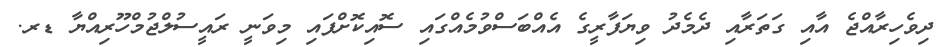
ދިވެހިރާއްޖެ އާއި ގަތަރާއި ދެމެދު ވިޔަފާރީގެ އެއްބަސްވުމެއްގައި ސޮއިކޮށްފައި މިވަނީ ރައީސުލްޖުމްހޫރިއްޔާ ޑރ.